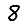
Digit: 8